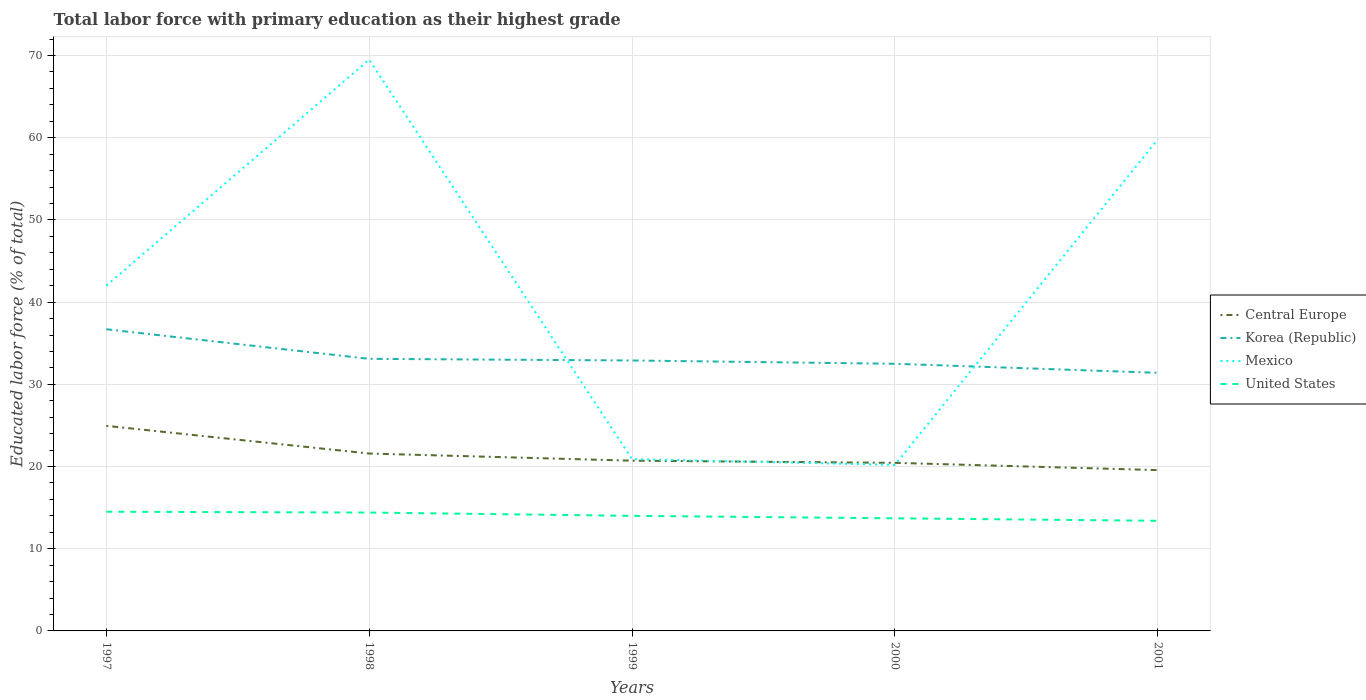
| Years | Central Europe | Korea (Republic) | Mexico | United States |
 | --- | --- | --- | --- | --- |
 | 1997 | 24.9 | 36.7 | 42 | 14.5 |
 | 1998 | 21.6 | 33.1 | 69.5 | 14.4 |
 | 1999 | 20.7 | 32.9 | 20.9 | 14 |
 | 2000 | 20.4 | 32.5 | 20.2 | 13.7 |
 | 2001 | 19.6 | 31.4 | 59.8 | 13.4 |